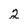
Character: 2